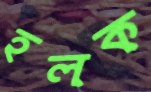
হলক